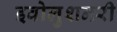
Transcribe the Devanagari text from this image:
इवोलुशनरी